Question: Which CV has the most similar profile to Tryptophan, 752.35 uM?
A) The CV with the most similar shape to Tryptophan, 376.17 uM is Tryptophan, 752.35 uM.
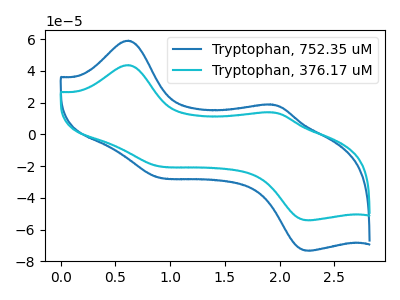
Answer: <think>The blue curve "Tryptophan, 752.35 uM" has anodic peaks at (0.60V, 59.00uA) (1.90V, 18.75uA) and cathodic peaks at (0.85V, -26.40uA) (2.25V, -73.20uA). The cyan curve "Tryptophan, 376.17 uM" has anodic peaks at (0.60V, 43.60uA) (1.90V, 13.85uA) and cathodic peaks at (0.85V, -19.50uA) (2.25V, -54.10uA).
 All the peaks in "Tryptophan, 752.35 uM" have a peak in "Tryptophan, 376.17 uM" at the same potential. Every peak in "Tryptophan, 752.35 uM" is higher than every peak in "Tryptophan, 376.17 uM".</think>
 <answer>A) The CV with the most similar shape to "Tryptophan, 376.17 uM" is "Tryptophan, 752.35 uM".</answer>
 <eval>A</eval>